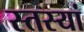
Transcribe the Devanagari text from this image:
स्तस्यां